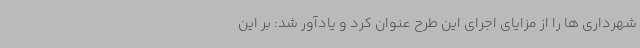
شهرداری ها را از مزایای اجرای این طرح عنوان کرد و یادآور شد: بر این